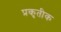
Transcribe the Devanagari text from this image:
प्रकृतीक